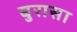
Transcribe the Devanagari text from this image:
बुरासा